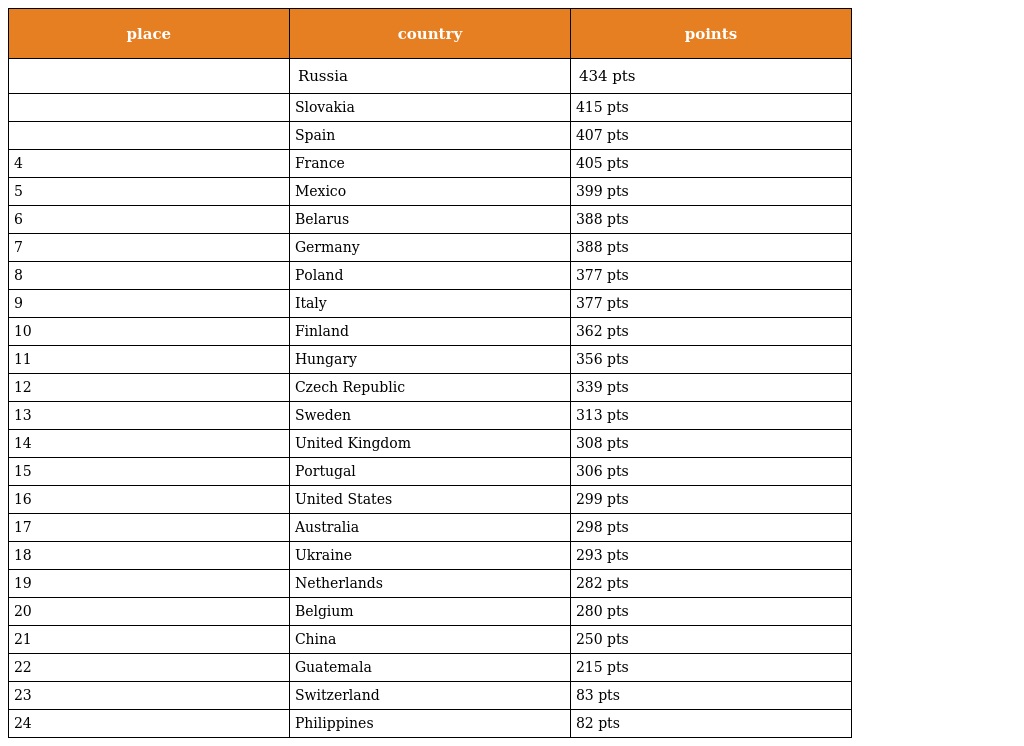
| place | country | points |
 | --- | --- | --- |
 |  | Russia | 434 pts |
 |  | Slovakia | 415 pts |
 |  | Spain | 407 pts |
 | 4 | France | 405 pts |
 | 5 | Mexico | 399 pts |
 | 6 | Belarus | 388 pts |
 | 7 | Germany | 388 pts |
 | 8 | Poland | 377 pts |
 | 9 | Italy | 377 pts |
 | 10 | Finland | 362 pts |
 | 11 | Hungary | 356 pts |
 | 12 | Czech Republic | 339 pts |
 | 13 | Sweden | 313 pts |
 | 14 | United Kingdom | 308 pts |
 | 15 | Portugal | 306 pts |
 | 16 | United States | 299 pts |
 | 17 | Australia | 298 pts |
 | 18 | Ukraine | 293 pts |
 | 19 | Netherlands | 282 pts |
 | 20 | Belgium | 280 pts |
 | 21 | China | 250 pts |
 | 22 | Guatemala | 215 pts |
 | 23 | Switzerland | 83 pts |
 | 24 | Philippines | 82 pts |